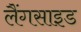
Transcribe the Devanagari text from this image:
लैंगसाइड